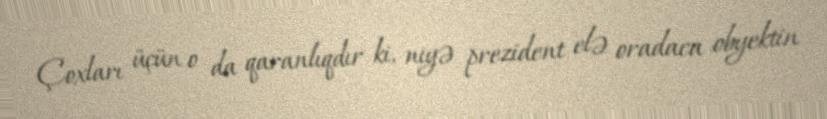
Çoxları üçün o da qaranlıqdır ki, niyə prezident elə oradaca obyektin